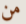
من